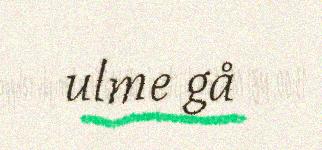
ulme gå